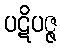
ပဋိပဇ္ဇ